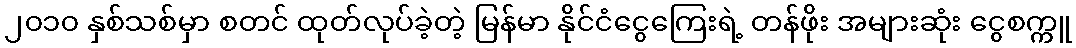
၂၀၁၀ နှစ်သစ်မှာ စတင် ထုတ်လုပ်ခဲ့တဲ့ မြန်မာ နိုင်ငံငွေကြေးရဲ့ တန်ဖိုး အများဆုံး ငွေစက္ကူ